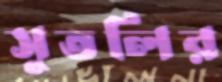
সুতলির